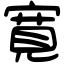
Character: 寛